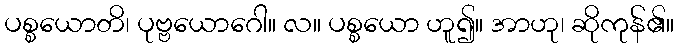
ပစ္စယောတိ၊ ပုဗ္ဗယောဂေါ။ လ။ ပစ္စယော ဟူ၍။ အာဟု၊ ဆိုကုန်၏။